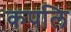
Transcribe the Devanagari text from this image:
कपलि